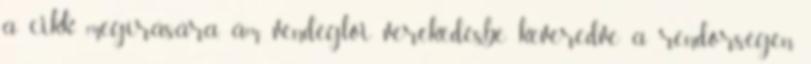
a cikk megírására, ám vendéglői verekedésbe keveredve a rendőrségen